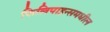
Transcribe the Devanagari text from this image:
फिलिपाइन्समधील